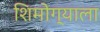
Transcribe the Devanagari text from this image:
शिमोग्याला